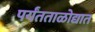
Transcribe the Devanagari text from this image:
पर्यंतताळोद्यात